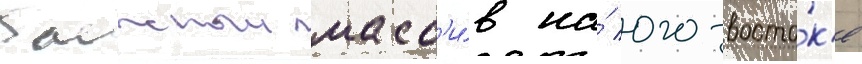
таежныи масс'и́в на́ юго-восто́к'е